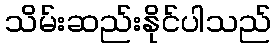
သိမ်းဆည်းနိုင်ပါသည်